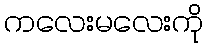
ကလေးမလေးကို